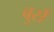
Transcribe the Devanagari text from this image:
बुर्स